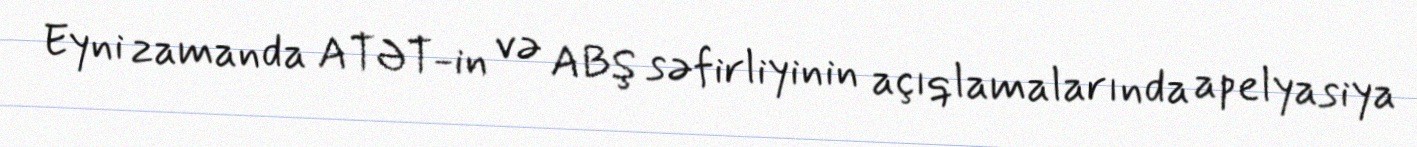
Eyni zamanda ATƏT-in və ABŞ səfirliyinin açıqlamalarında apelyasiya